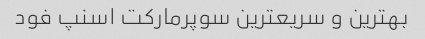
بهترین و سریعترین سوپرمارکت اسنپ فود